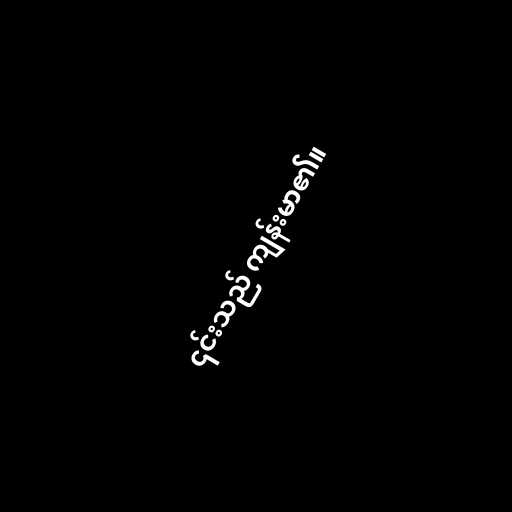
၎င်းသည် ကျန်းမာ၏။